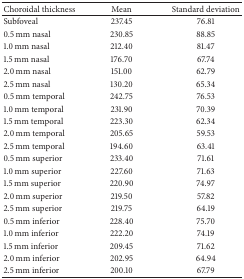
| Choroidal thickness | Mean | Standard deviation |
 | --- | --- | --- |
 | Subfoveal | 237.45 | 76.81 |
 | 0.5 mm nasal | 230.85 | 88.85 |
 | 1.0 mm nasal | 212.40 | 81.47 |
 | 1.5 mm nasal | 176.70 | 67.74 |
 | 2.0 mm nasal | 151.00 | 62.79 |
 | 2.5 mm nasal | 130.20 | 65.34 |
 | 0.5 mm temporal | 242.75 | 76.53 |
 | 1.0 mm temporal | 231.90 | 70.39 |
 | 1.5 mm temporal | 223.30 | 62.34 |
 | 2.0 mm temporal | 205.65 | 59.53 |
 | 2.5 mm temporal | 194.60 | 63.41 |
 | 0.5 mm superior | 233.40 | 71.61 |
 | 1.0 mm superior | 227.60 | 71.63 |
 | 1.5 mm superior | 220.90 | 74.97 |
 | 2.0 mm superior | 219.50 | 57.82 |
 | 2.5 mm superior | 219.75 | 64.19 |
 | 0.5 mm inferior | 228.40 | 75.70 |
 | 1.0 mm inferior | 222.20 | 74.19 |
 | 1.5 mm inferior | 209.45 | 71.62 |
 | 2.0 mm inferior | 202.95 | 64.94 |
 | 2.5 mm inferior | 200.10 | 67.79 |